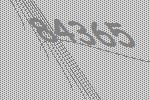
84365